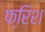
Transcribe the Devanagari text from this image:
फ्रिश